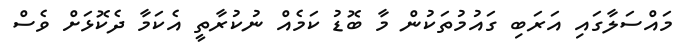
މައްސަލާގައި އަރަބި ގައުމުތަކުން މާ ބޮޑު ކަމެއް ނުކުރާތީ އެކަމާ ދެކޮޅަށް ވެސް